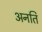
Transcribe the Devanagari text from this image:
अनति